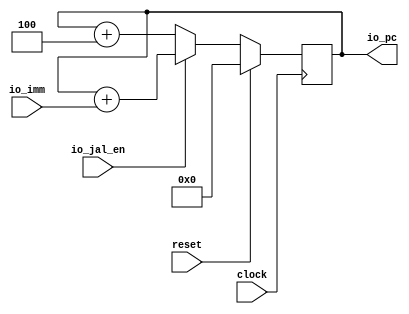
module FetchUnit(
  input         clock,
                reset,
  input  [31:0] io_imm,
  input         io_jal_en,
  output [31:0] io_pc
);
  reg [31:0] pc;
  always @(posedge clock) begin
    if (reset)
      pc <= 32'h0;
    else if (io_jal_en)
      pc <= pc + io_imm;
    else
      pc <= pc + 32'h4;
  end
  assign io_pc = pc;
endmodule